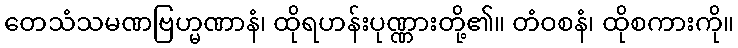
တေသံသမဏဗြဟ္မဏာနံ၊ ထိုရဟန်းပုဏ္ဏားတို့၏။ တံဝစနံ၊ ထိုစကားကို။